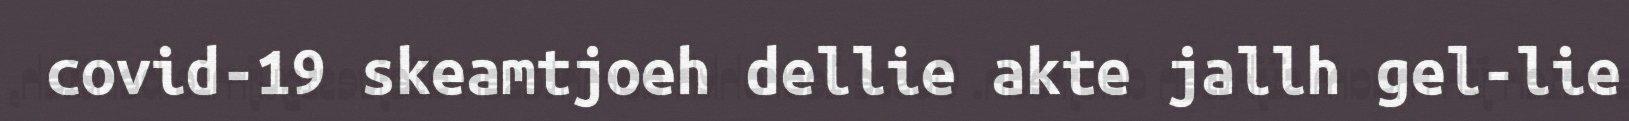
covid-19 skeamtjoeh dellie akte jallh gel-lie